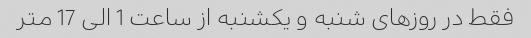
فقط در روزهای شنبه و یکشنبه از ساعت 1 الی 17 متر